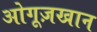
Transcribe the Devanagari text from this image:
ओगूज़खान